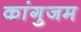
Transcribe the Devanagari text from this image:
कांगुजम